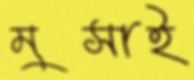
মুসাই